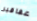
عقاقير